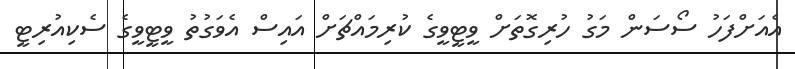
އެއަށްފަހު ސޯސަން މަގު ހުރިގޮތަށް ވީޓީވީގެ ކުރިމައްޗަށް އައިސް އެވަގުތު ވީޓީވީގެ ސެކިއުރިޓީ